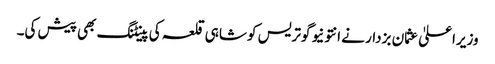
وزیراعلیٰ عثمان بزدار نے انتونیو گوتریس کو شاہی قلعہ کی پینٹنگ بھی پیش کی۔